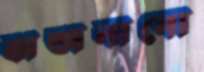
ঝন্‌ঝনানো